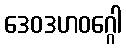
ဒေဝဒဟဝဂ္ဂေါ